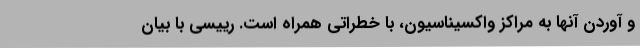
و آوردن آنها به مراکز واکسیناسیون، با خطراتی همراه است. رییسی با بیان